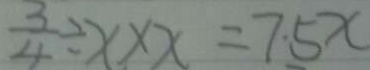
\frac { 3 } { 4 } \div x \times x = 7 . 5 x